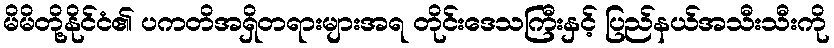
မိမိတို့နိုင်ငံ၏ ပကတိအရှိတရားများအရ တိုင်းဒေသကြီးနှင့် ပြည်နယ်အသီးသီးကို